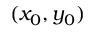
( x _ { 0 } , y _ { 0 } )